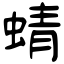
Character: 蜻